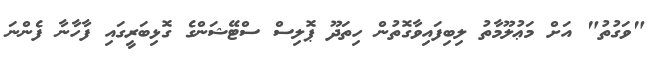
"ވަގުތު" އަށް މަޢުލޫމާތު ލިބިފައިވާގޮތުން ހިތަދޫ ޕޮލިސް ސްޓޭޝަންގެ ގޮޅިބަރީގައި ފާހާނާ ފެންނަ